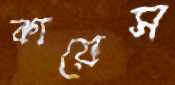
কায়েস